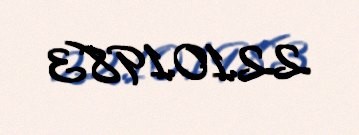
22.10.1983